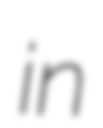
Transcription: in